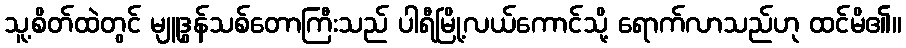
သူ့စိတ်ထဲတွင် မျူဒွန်သစ်တောကြီးသည် ပါရီမြို့လယ်ကောင်သို့ ရောက်လာသည်ဟု ထင်မိ၏။